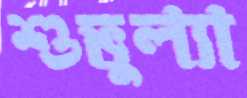
শুভুল্যা